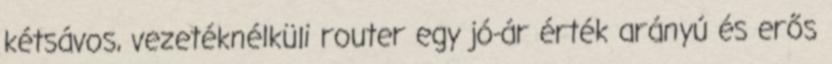
kétsávos, vezetéknélküli router egy jó-ár érték arányú és erős